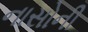
નાસોની